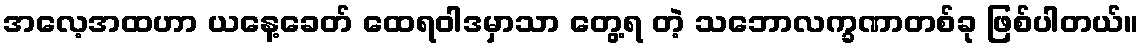
အလေ့အထဟာ ယနေ့ခေတ် ထေရဝါဒမှာသာ တွေ့ရ တဲ့ သဘောလက္ခဏာတစ်ခု ဖြစ်ပါတယ်။